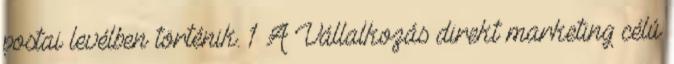
postai levélben történik. 1 A Vállalkozás direkt marketing célú